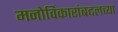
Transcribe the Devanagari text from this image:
मनोविकारांबद्दलच्या